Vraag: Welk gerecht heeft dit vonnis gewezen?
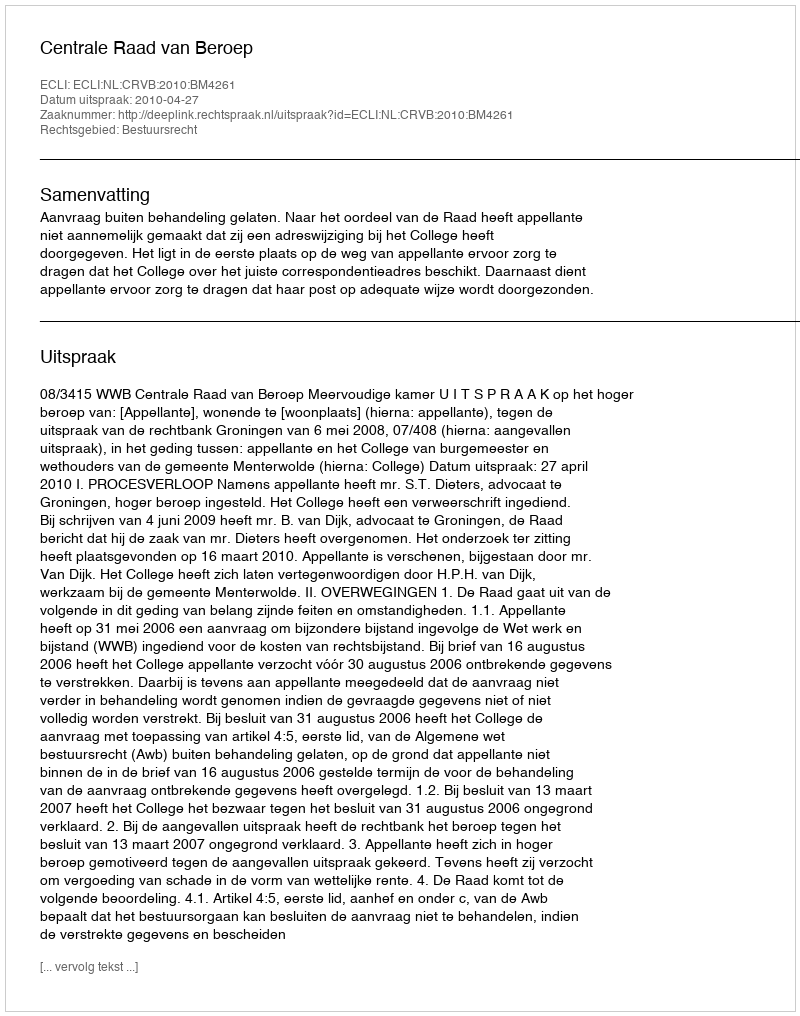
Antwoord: Centrale Raad van Beroep